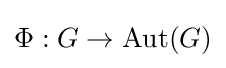
\Phi :G\to {\text{Aut}}(G)